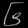
Digit: ၆